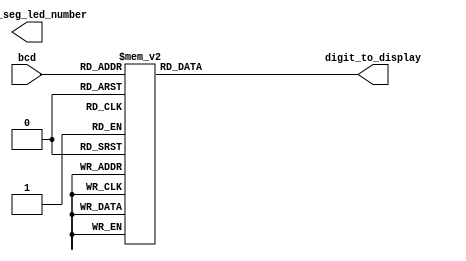

//////////////////////////////////////////////////////////////////////////////////
module seven_segment_display_digits #( parameter NUMBER_OF_SEVEN_SEGMENT_LEDS = 4)
// number of seven segment digits available on a display
	(	input [3:0] bcd ,		// binary code to decimal 
		output [NUMBER_OF_SEVEN_SEGMENT_LEDS -1: 0] seven_seg_led_number,
		output reg[7:0] digit_to_display
    );
	 /*active low i.e. segment a,b,c,d,e,f,g 
	 *are on when '0' assertedinstead of '1'
	 *most significant bit DP, g,f,e,d,c,b,a least significant bit
	   a
	   --
	f |  | b
	 g --
	e |  | c
	   --
	   d   .DP
	 */
	 /*PARAMETER WITH DP DIACTIVATED BY DEFAULT*/
	 parameter ZERO = 		8'b11000000;
	 parameter ONE = 		8'b11111001;
	 parameter TWO = 		8'b10100100;
	 parameter THREE = 		8'b10110000;
	 parameter FOUR = 		8'b10011001;
	 parameter FIVE = 		8'b10010010;
	 parameter SIX = 		8'b10000010;
	 parameter SEVEN = 		8'b11111000;
	 parameter EIGHT = 		8'b10000000;
	 parameter NINE = 		8'b10010000;
	 parameter DEFAULT = 		8'b11111111; //disable every segment
	 
	 always@(bcd) begin
		case(bcd)
			0: digit_to_display = ZERO;
			1: digit_to_display = ONE;
			2: digit_to_display = TWO;
			3: digit_to_display = THREE;
			4: digit_to_display = FOUR;
			5: digit_to_display = FIVE;
			6: digit_to_display = SIX;
			7: digit_to_display = SEVEN;
			8: digit_to_display = EIGHT;
			9: digit_to_display = NINE;
			default: digit_to_display = DEFAULT;
		endcase
	 end


endmodule